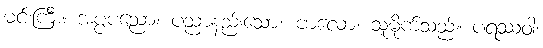
မင်းကြီး။ အပ္ပပညော၊ ပညာနည်းသော။ ဗာလော၊ သူမိုက်သည်။ ပရဿဝါ၊